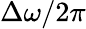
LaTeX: \Delta\omega/2\pi